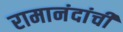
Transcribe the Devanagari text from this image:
रामानंदांची